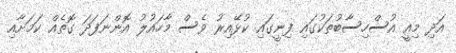
އަދި މިއީ އުސްހިސާބުތަކުގައި ފިނީގައި ކުޅޭއިރު ވެސް މާހައުލު އޮންނަފަދަ ގޮތެއް ކަމަށާއި